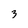
Character: 3